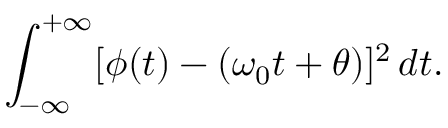
\int _ { - \infty } ^ { + \infty } [ \phi ( t ) - ( \omega _ { 0 } t + \theta ) ] ^ { 2 } \, d t .